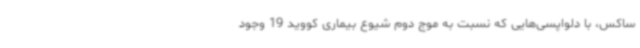
ساکس، با دلواپسی‌هایی که نسبت به موج دوم شیوع بیماری کووید 19 وجود